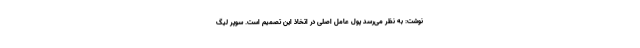
نوشت: به نظر می‌رسد پول عامل اصلی در اتخاذ این تصمیم است. سوپر لیگ